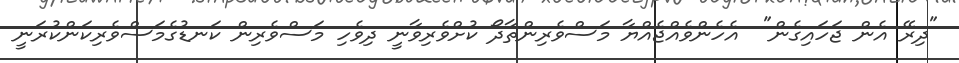
"ދިރޭ އެން ޖަހައިގެން"  އެހެންވެއްޖެއްޔާ މަސްވެރިންތާދޯ ކުށްވެރިވާނީ ދިވެހި މަސްވެރިން ކަނޑުގެމަސްވެރިކަންކުރަނީ